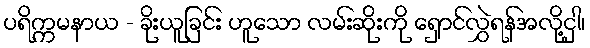
ပရိက္ကမနာယ - ခိုးယူခြင်း ဟူသော လမ်းဆိုးကို ရှောင်လွှဲရန်အလို့ငှါ၊